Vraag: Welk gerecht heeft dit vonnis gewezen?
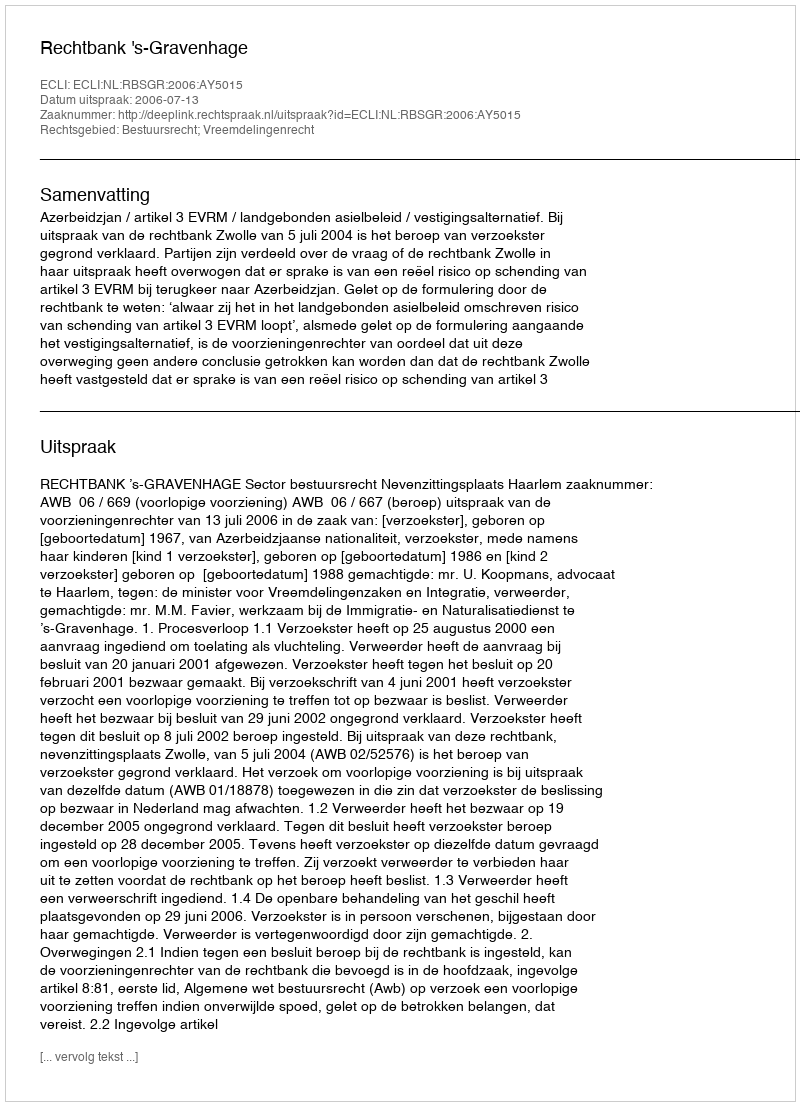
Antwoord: Rechtbank 's-Gravenhage